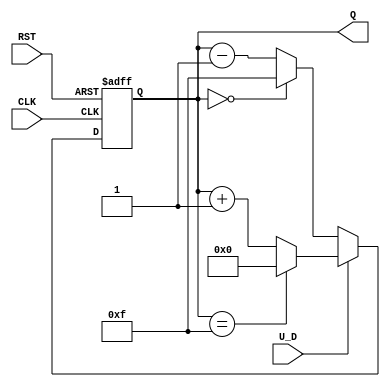
module UpDownCounter (
    input wire CLK,          // Clock signal
    input wire RST,          // Asynchronous reset signal
    input wire U_D,          // Up/Down control signal (1 = up, 0 = down)
    output reg [3:0] Q       // 4-bit count output
);

// Asynchronous reset: When RST is high, reset Q to 0
always @(posedge CLK or posedge RST) begin
    if (RST) begin
        Q <= 4'b0000; // Reset count to 0
    end else begin
        if (U_D) begin
            Q <= (Q == 4'b1111) ? 4'b0000 : Q + 1; // Increment & wrap around
        end else begin
            Q <= (Q == 4'b0000) ? 4'b1111 : Q - 1; // Decrement & wrap around
        end
    end
end

endmodule